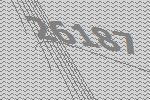
26187